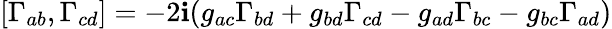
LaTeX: [\Gamma_{ab},\Gamma_{cd}]=-2\mathbf{i}(g_{ac}\Gamma_{bd}+g_{bd}\Gamma_{cd}-g_{ad}\Gamma_{bc}-g_{bc}\Gamma_{ad})